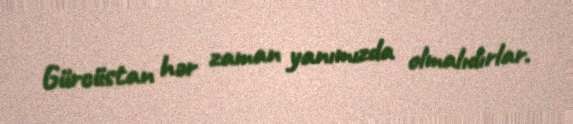
Gürcüstan hər zaman yanımızda olmalıdırlar.